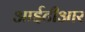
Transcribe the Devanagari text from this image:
आईटीआर